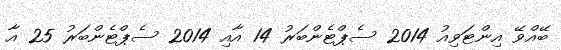
ބޭއްވޭ އިންޓަވިއު 2014 ސެޕްޓެންބަރު 14 އާއި 2014 ސެޕްޓެންބަރު 25 އާ